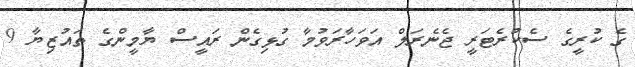
ގެ ކުރީގެ ސެކުރެޓަރީ ޖެނެރަލް އަވަހާރަވުމާ ގުޅިގެން ރައީސް ޔާމީންގެ ތައުޒިޔާ 9